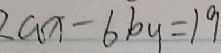
2 a x - 6 b y = 1 9